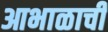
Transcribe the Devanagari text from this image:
आभाळाची